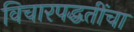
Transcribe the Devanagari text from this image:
विचारपद्धतींचा